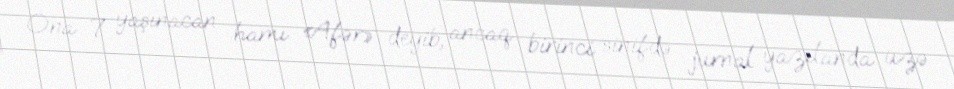
Ona 7 yaşınacan hamı «Afər» deyib, ancaq birinci sinifdə jurnal yazılanda üzə